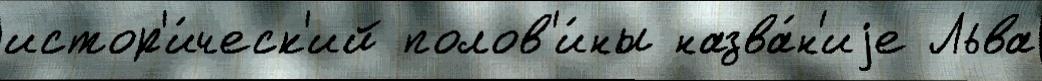
истор'и́ческ'ий полов'и́ны назва́н'иjе Льва